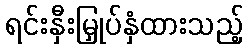
ရင်းနှီးမြှုပ်နှံထားသည့်